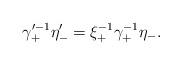
LaTeX: \begin{align*}\gamma^{\prime -1}_+ \eta'_- = \xi^{-1}_+ \gamma^{-1}_+\eta_-.\end{align*}